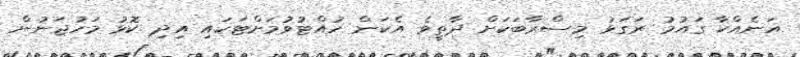
އަނެއްކާ ގައުމު ރަގަޅު މިސްރާބަކަށް ދާތީވެ އެކަން ހުއްޓުވުމަށްޓަކައި އިދި ކޮޅު މަހުޖަނުން